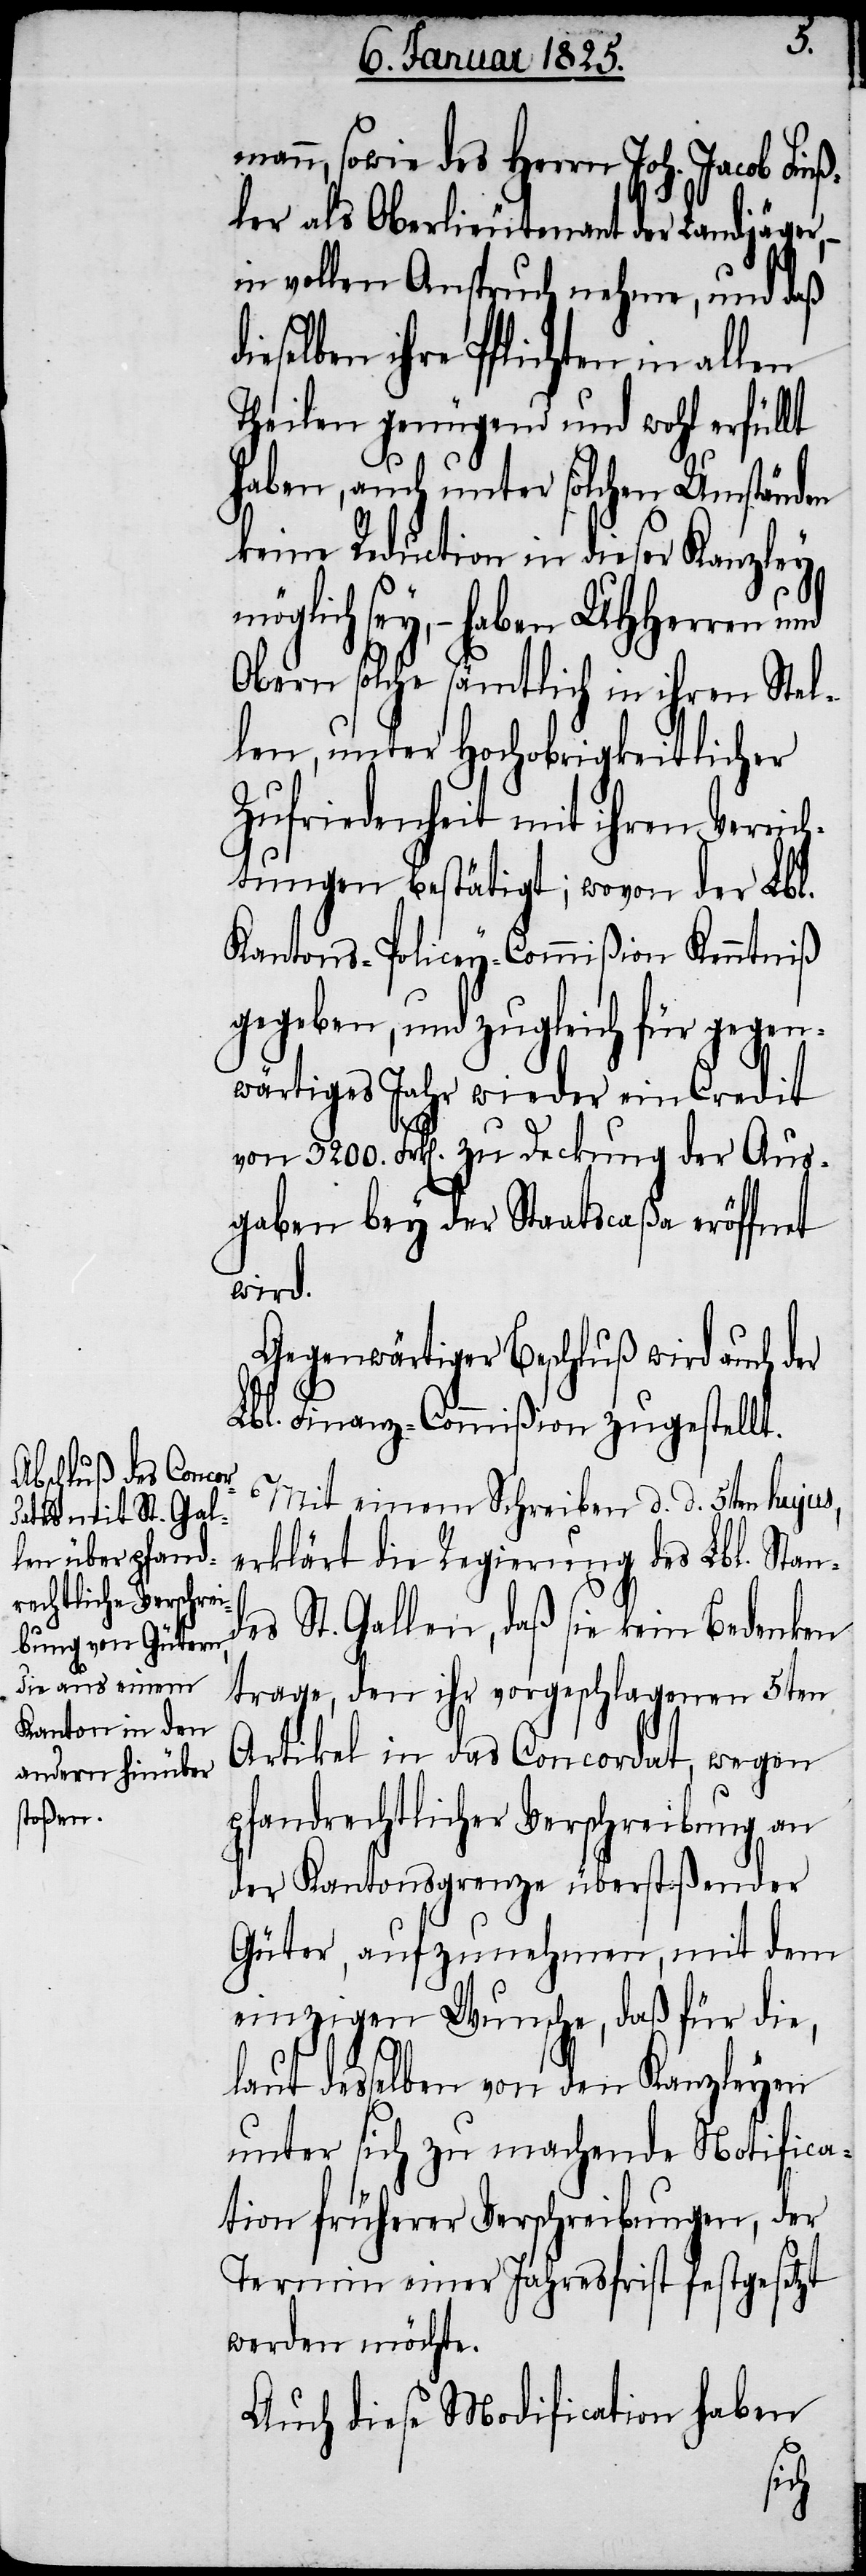
mann, sowie des Herrn Joh. Jacob Finß¬
ler als Oberlieutenant der Landjäger,
in vollen Anspruch nehme, und daß
eselben ihre Pflichten in allen
Theilen genügend und wohl erfüllt
haben, auch unter solchen Umständen
keine Reduction in dieser Kanzley
sey, − haben UHHerren und
Obern solche sämtlich in ihren Stel¬
len, unter Hochobrigkeitlicher
Zufriedenheit mit ihren Verrich¬
tungen bestätigt; wovon der Lbl.
Kantons-Policey-Commißion Kenntniß
gegeben, und zugleich für gegen¬
wärtiges Jahr wieder ein Credit
von 3200. Frk[en]. zu Deckung der Aus¬
gaben bey der Staatscaßa eröffnet
wird.
Gegenwärtiger Beschluß wird auch der
Lbl. Finanz-Commißion zugestellt.
Mit einem Schreiben d. d. 5ten hujus,
erklärt die Regierung des Lbl. Stand¬
es St. Gallen, daß sie kein Bedenken
trage, den ihr vorgeschlagenen 5ten
Artikel in das Concordat, wegen
pfandrechtlicher Verschreibung an
der Kantonsgrenze überstoßender
Güter, aufzunehmen, mit dem
einzigen Wunsche, daß für die,
laut desselben von den Kanzleyen
unter sich zu machende Notifica¬
tion früherer Verschreibungen, der
Termin einer Jahresfrist festgesetzt
werden möchte.
Auch diese Modification haben
di¬